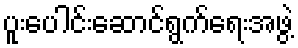
ပူးပေါင်းဆောင်ရွက်ရေးအဖွဲ့